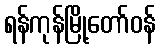
ရန်ကုန်မြို့တော်ဝန်